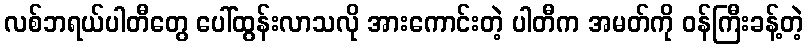
လစ်ဘရယ်ပါတီတွေ ပေါ်ထွန်းလာသလို အားကောင်းတဲ့ ပါတီက အမတ်ကို ဝန်ကြီးခန့်တဲ့